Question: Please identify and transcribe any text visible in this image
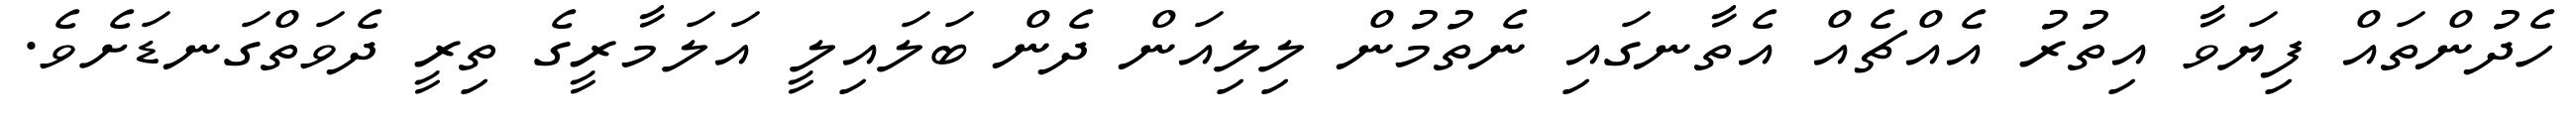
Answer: ހެދުންތައް ފިޔަވާ އިތުރު އެއްޗެއް އެތާނގައި ނެތުމުން ލިލިއަން ދެން ބަލައިލީ އަލަމާރީގެ ތިރީ ދެވަތްގަނޑަށެވެ.